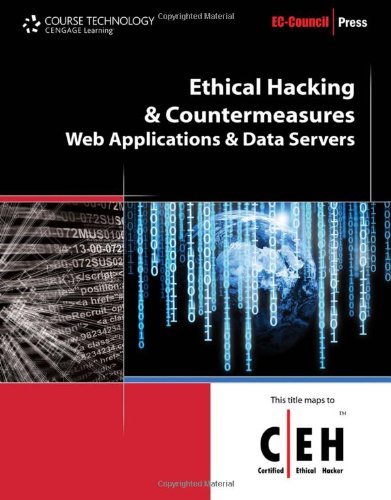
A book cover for Ethical Hacking and Countermeasures: Web Applications and Data Servers (EC-Council Press); EC-Council; Computers & Technology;